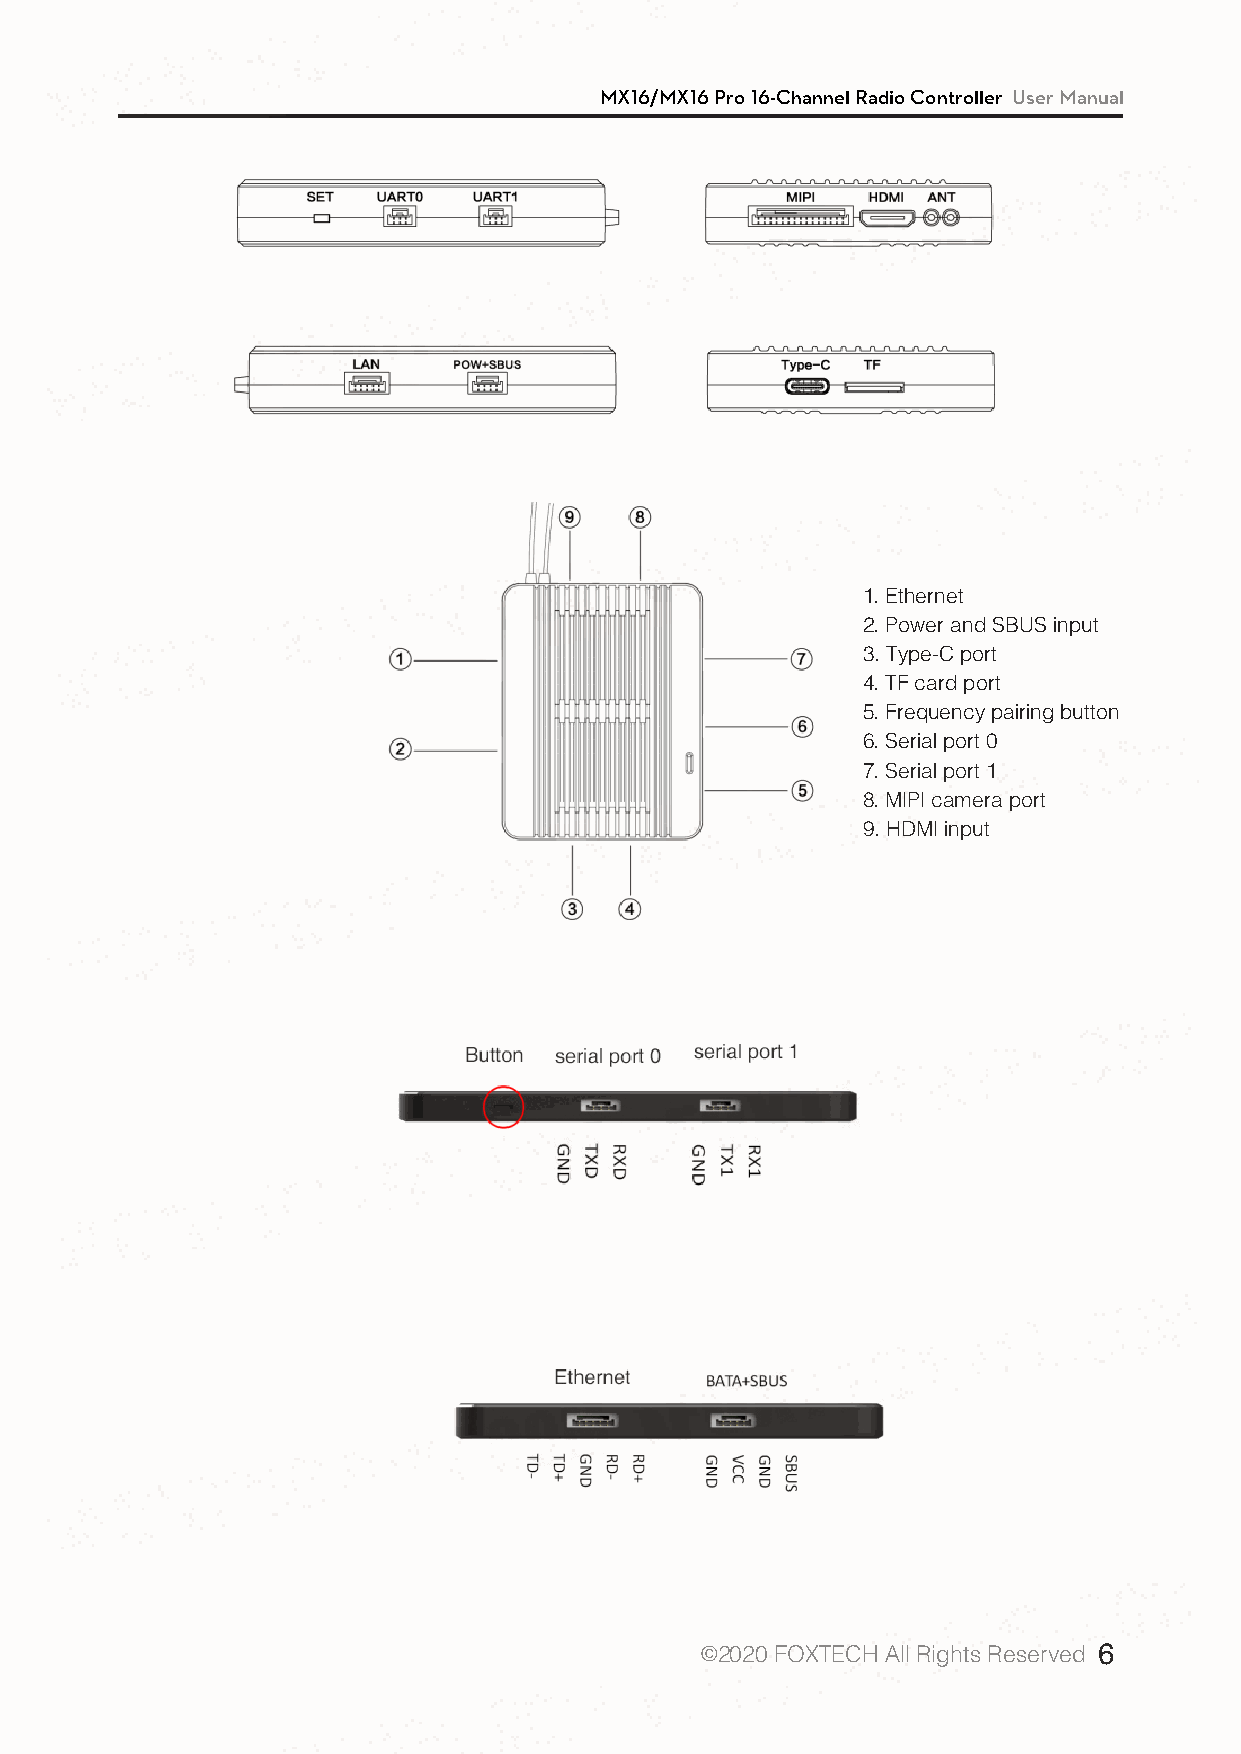
MX16/MX16 Pro 16-Channel Radio Controller User Manual
 1. Ethernet
 2. Power and SBUS input
 3. Type-C port
 4. TF card port
 5. Frequency pairing button
 6. Serial port 0
 7. Serial port 1
 8. MIPI camera port
 9. HDMI input
 ©2020 FOXTECH All Rights Reserved 6